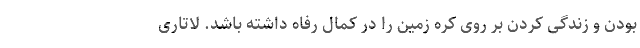
بودن و زندگی کردن بر روی کره زمین را در کمال رفاه داشته باشد. لاتاری